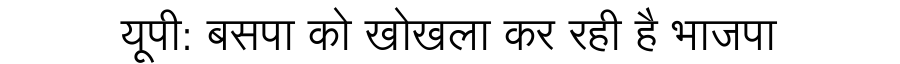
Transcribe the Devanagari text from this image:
यूपी: बसपा को खोखला कर रही है भाजपा